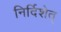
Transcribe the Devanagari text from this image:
निर्दिशेत्